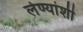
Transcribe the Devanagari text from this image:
लेण्यांशी